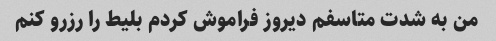
من به شدت متاسفم دیروز فراموش کردم بلیط را رزرو کنم